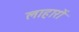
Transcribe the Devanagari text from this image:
लाहारों